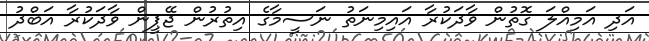
އަދި އަމިއްލަ ގޮތުން ވާދަކުރާ އައިމިނަތު ނަސީމާގެ އިތުރުން ޖޭޕީން ވާދަކުރާ އަބްދު